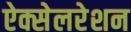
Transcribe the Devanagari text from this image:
ऐक्सेलरेशन